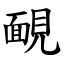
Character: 靦